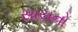
સાયનો